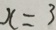
x = 3